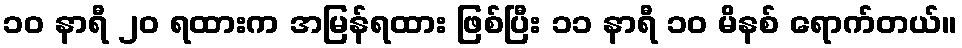
၁၀ နာရီ ၂၀ ရထားက အမြန်ရထား ဖြစ်ပြီး ၁၁ နာရီ ၁၀ မိနစ် ရောက်တယ်။